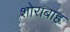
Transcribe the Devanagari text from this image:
शोराबाह